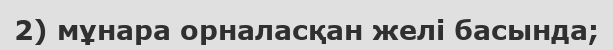
2) мұнара орналасқан желі басында;